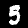
Digit: 5